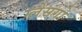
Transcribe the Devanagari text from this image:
ग्लेसगो